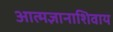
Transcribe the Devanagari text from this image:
आत्मज्ञानाशिवाय